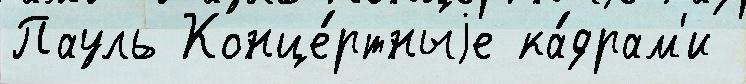
Пауль Конце́ртныjе ка́драм'и